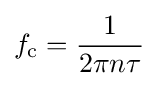
f_{\text{c}}={\frac {1}{2\pi n\tau }}\